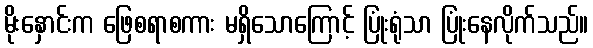
မိုးနှောင်းက ဖြေစရာစကား မရှိသောကြောင့် ပြုံးရုံသာ ပြုံးနေလိုက်သည်။